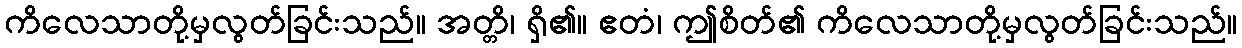
ကိလေသာတို့မှလွတ်ခြင်းသည်။ အတ္တိ၊ ရှိ၏။ ဧတံ၊ ဤစိတ်၏ ကိလေသာတို့မှလွတ်ခြင်းသည်။